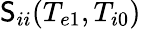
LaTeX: \mathsf{S}_{ii}(T_{e1},T_{i0})